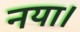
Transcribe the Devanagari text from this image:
नया।